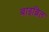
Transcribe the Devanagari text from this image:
बाइब्रिल